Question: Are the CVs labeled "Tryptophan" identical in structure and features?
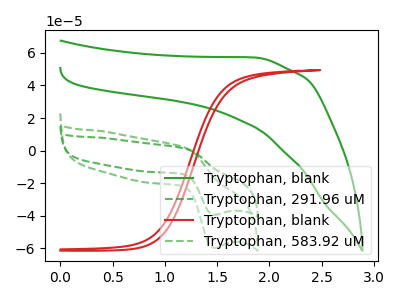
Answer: <think>The green curve "Tryptophan, blank" has no peaks. The green dashed curve "Tryptophan, 291.96 uM" has an anodic peak at (1.20V, 1.25uA) and a cathodic peak at (1.45V, -39.40uA). The red curve "Tryptophan, blank" has no peaks. The green dashed curve "Tryptophan, 583.92 uM" has an anodic peak at (1.20V, 1.90uA) and a cathodic peak at (1.45V, -59.70uA).
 "Tryptophan, blank" and "Tryptophan, 291.96 uM" have a different number of peaks. Neither "Tryptophan, blank" or "Tryptophan, blank" have any peaks. "Tryptophan, blank" and "Tryptophan, 583.92 uM" have a different number of peaks. "Tryptophan, 291.96 uM" and "Tryptophan, blank" have a different number of peaks. All the peaks in "Tryptophan, 291.96 uM" have a peak in "Tryptophan, 583.92 uM" at the same potential. Every peak in "Tryptophan, 291.96 uM" is lower than every peak in "Tryptophan, 583.92 uM". "Tryptophan, blank" and "Tryptophan, 583.92 uM" have a different number of peaks.</think>
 <answer>All the CV's of "Tryptophan" have similar shape.</answer>
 <eval>follow_rule</eval>